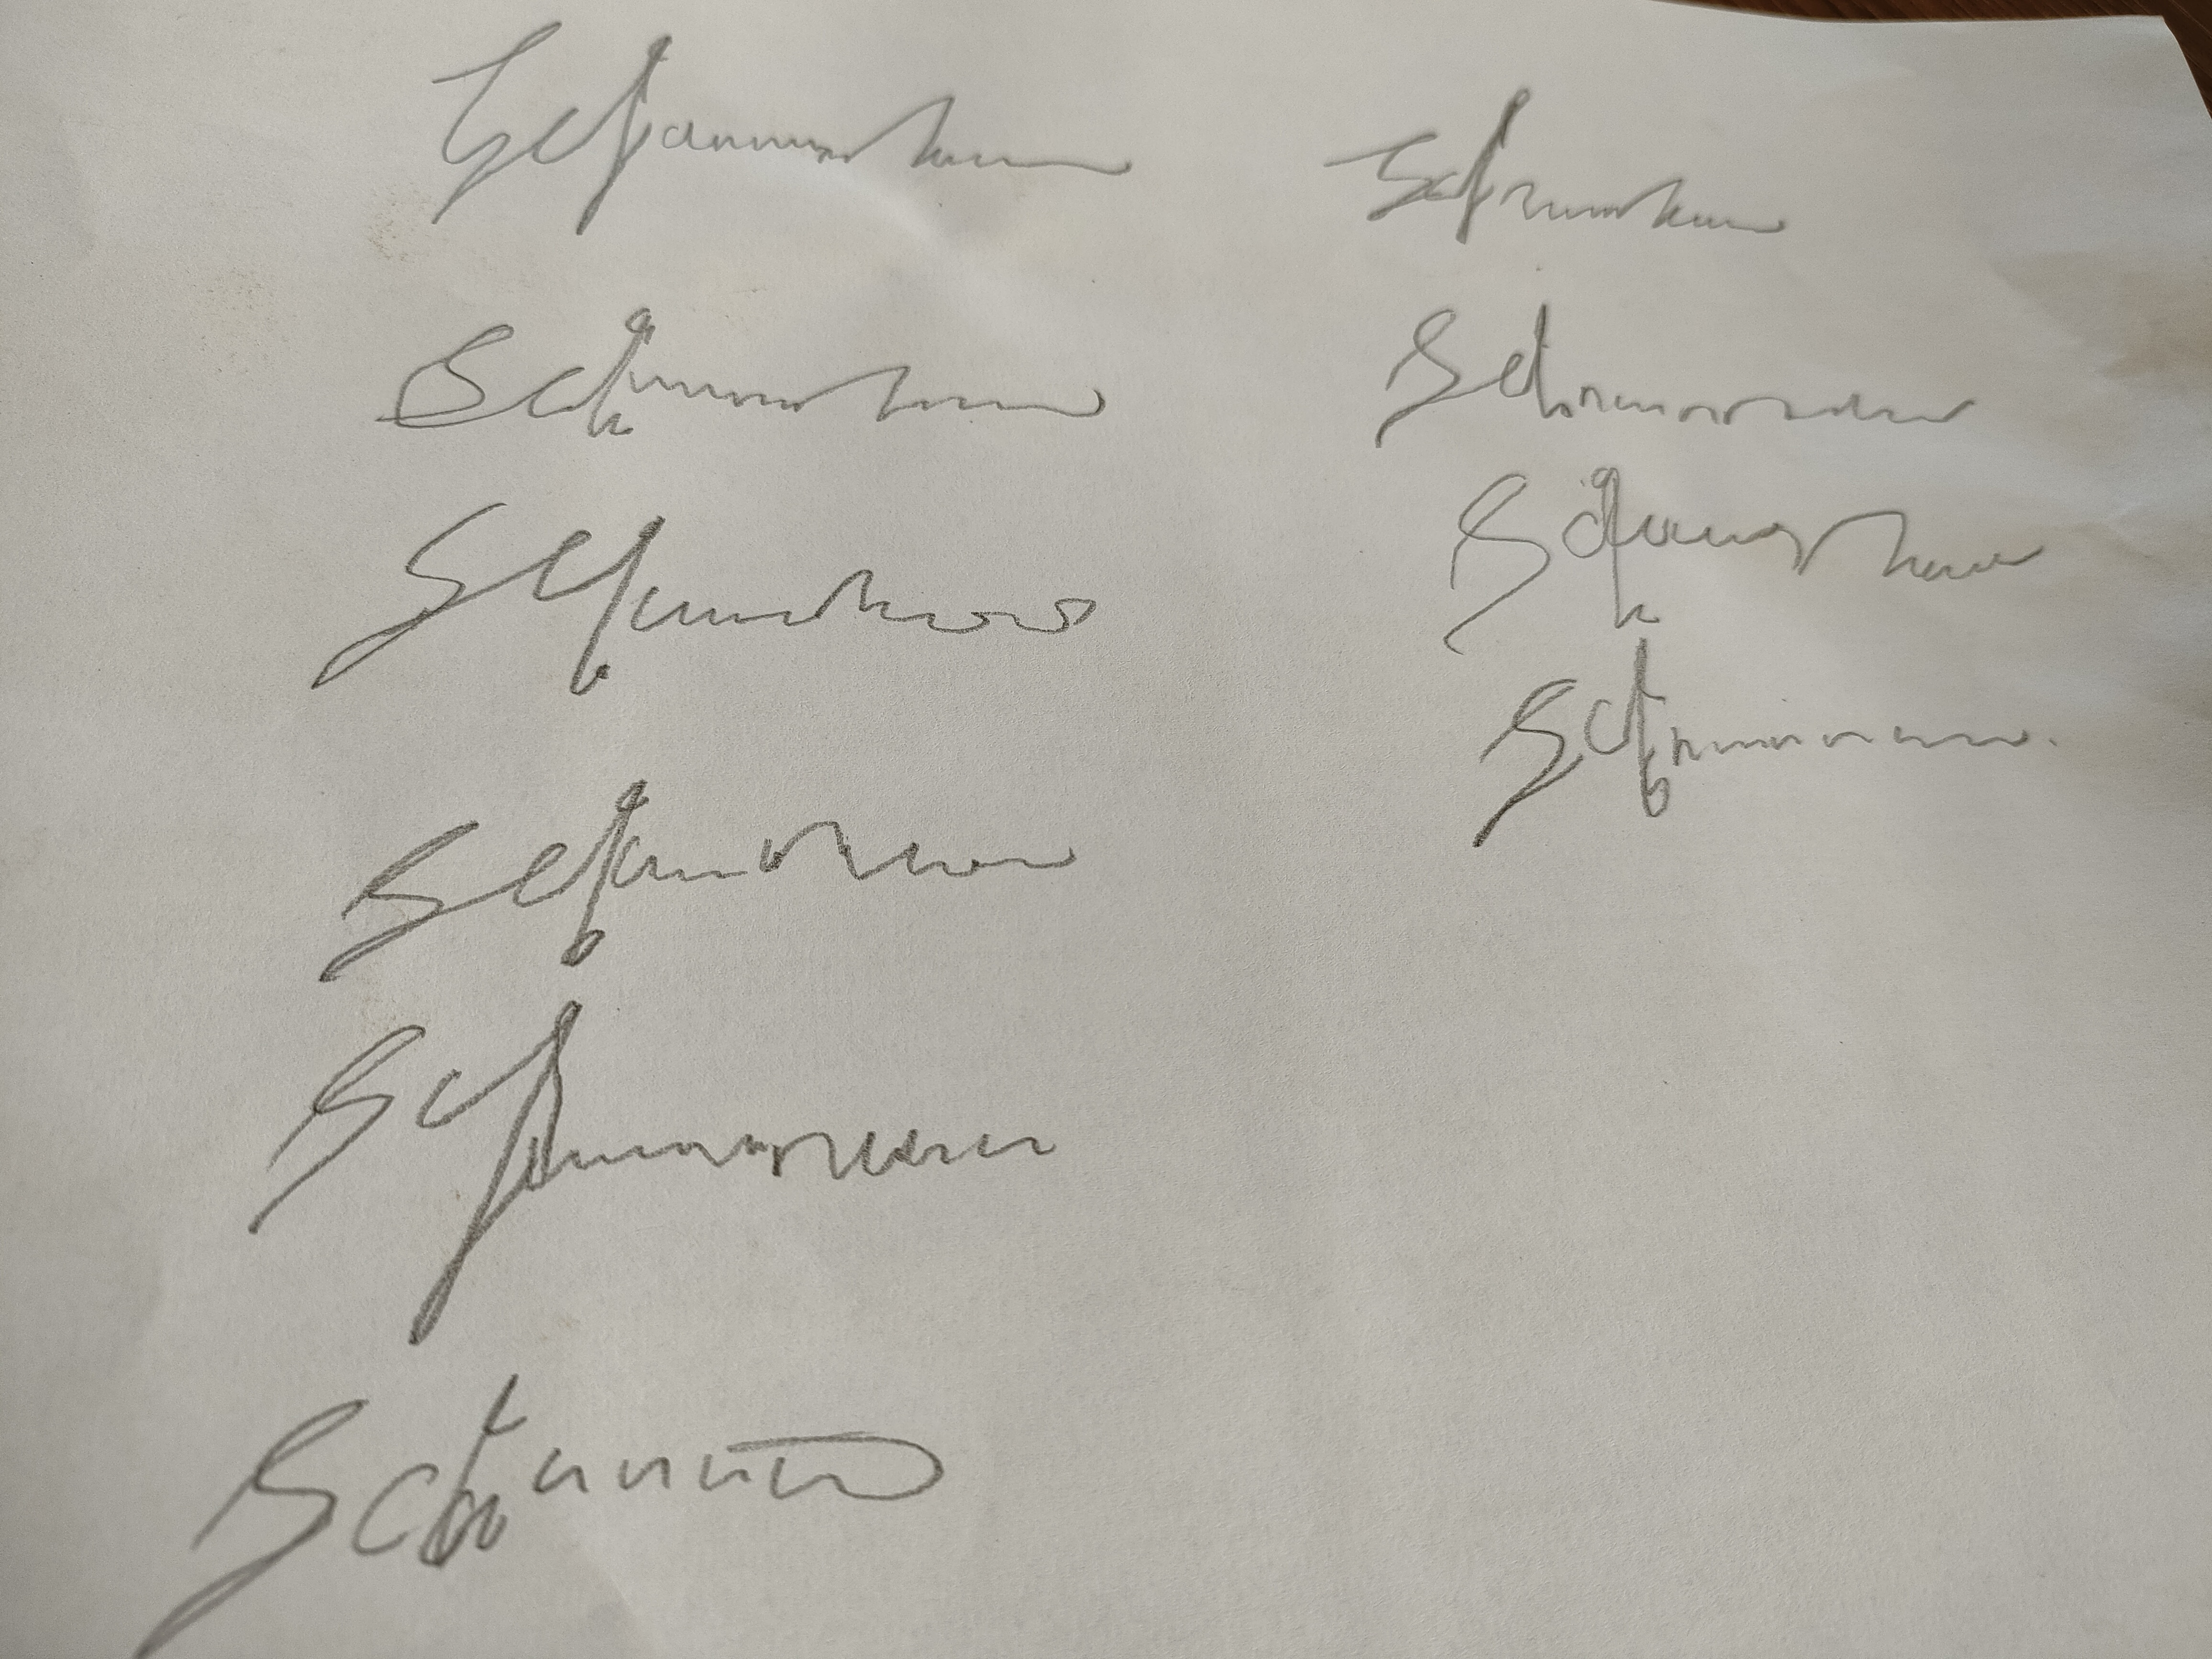
Signature authenticity: forged